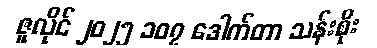
ဇူလိုင် ၂၀၂၅ ၁၀၇ ဒေါက်တာ သန်းစိုး